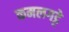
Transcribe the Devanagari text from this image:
कमलगट्टे